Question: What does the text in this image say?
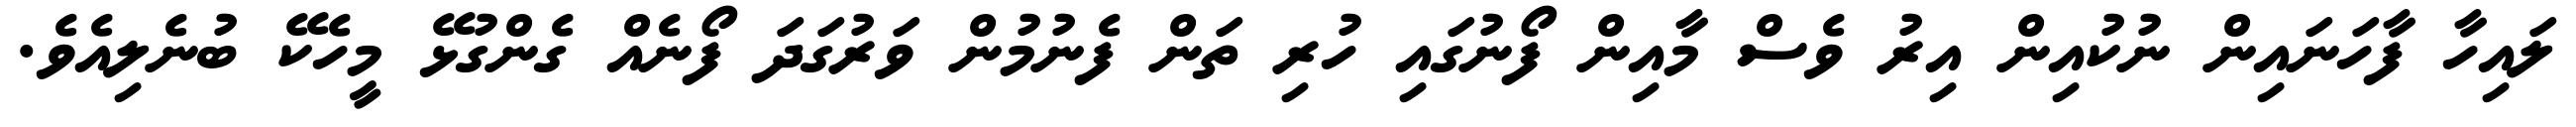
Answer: ލައިހާ ފާހަނައިން ނުކުއިން އިރު ވެސް މާއިން ފޯނުގައި ހުރި ތަން ފެނުމުން ވަރުގަދަ ފޯނެއް ގެންގުޅޭ މީހެކޭ ބުނެލިއެވެ.